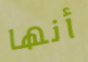
أنها